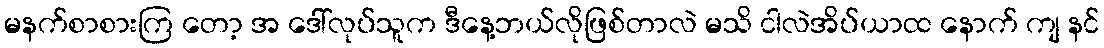
မနက်စာစားကြ တော့ အ ဒေါ်လုပ်သူက ဒီနေ့ဘယ်လိုဖြစ်တာလဲ မသိ ငါလဲအိပ်ယာထ နောက် ကျ နင်